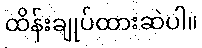
ထိန်းချုပ်ထားဆဲပါ။